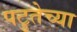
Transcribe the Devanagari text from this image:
पटुतेच्या